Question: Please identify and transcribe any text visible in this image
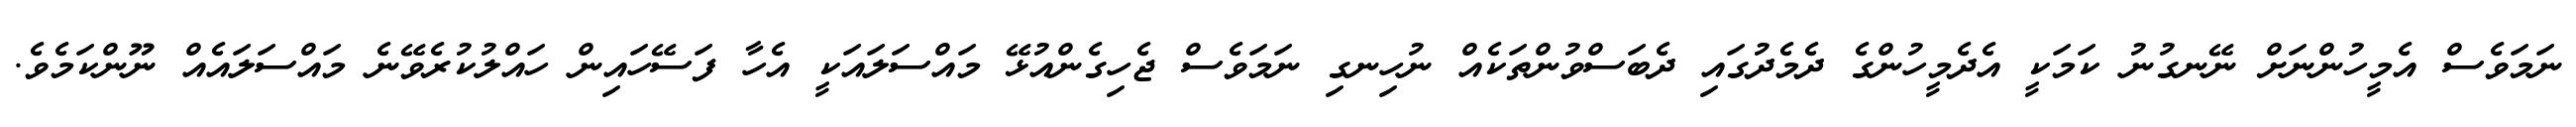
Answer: ނަމަވެސް އެމީހުންނަށް ނޭނގުނު ކަމަކީ އެދެމީހުންގެ ދެމެދުގައި ދެބަސްވުންތަކެއް ނުހިނގި ނަމަވެސް ޖެހިގެންއުޅޭ މައްސަލައަކީ އެހާ ފަސޭހައިން ހައްލުކުރެވޭނެ މައްސަލައެއް ނޫންކަމެވެ.